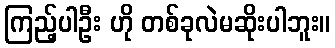
ကြည့်ပါဦး ဟို တစ်ခုလဲမဆိုးပါဘူး။